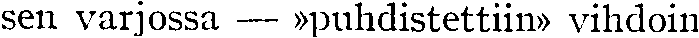
sen varjossa — »puhdistettiin» vihdoin